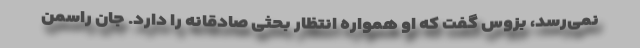
نمی‌رسد، بزوس گفت که او همواره انتظار بحثی صادقانه را دارد. جان راسمن